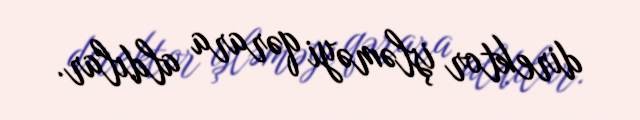
direktor işləməyi qərara aldılar.